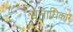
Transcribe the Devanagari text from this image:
मूलाधिकार